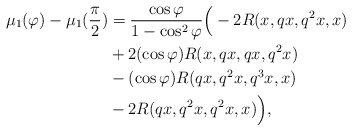
\begin{align*} \mu_{1}(\varphi)-\mu_{1}(\frac{\pi}{2})&=\frac{\cos\varphi}{1-\cos^{2}\varphi}\Big(-2R(x, qx, q^{2}x, x)\\&+2(\cos\varphi) R(x, qx, qx, q^{2}x)\\&-(\cos\varphi) R(qx, q^{2}x, q^{3}x, x)\\&-2R(qx, q^{2}x, q^{2}x, x)\Big), \end{align*}